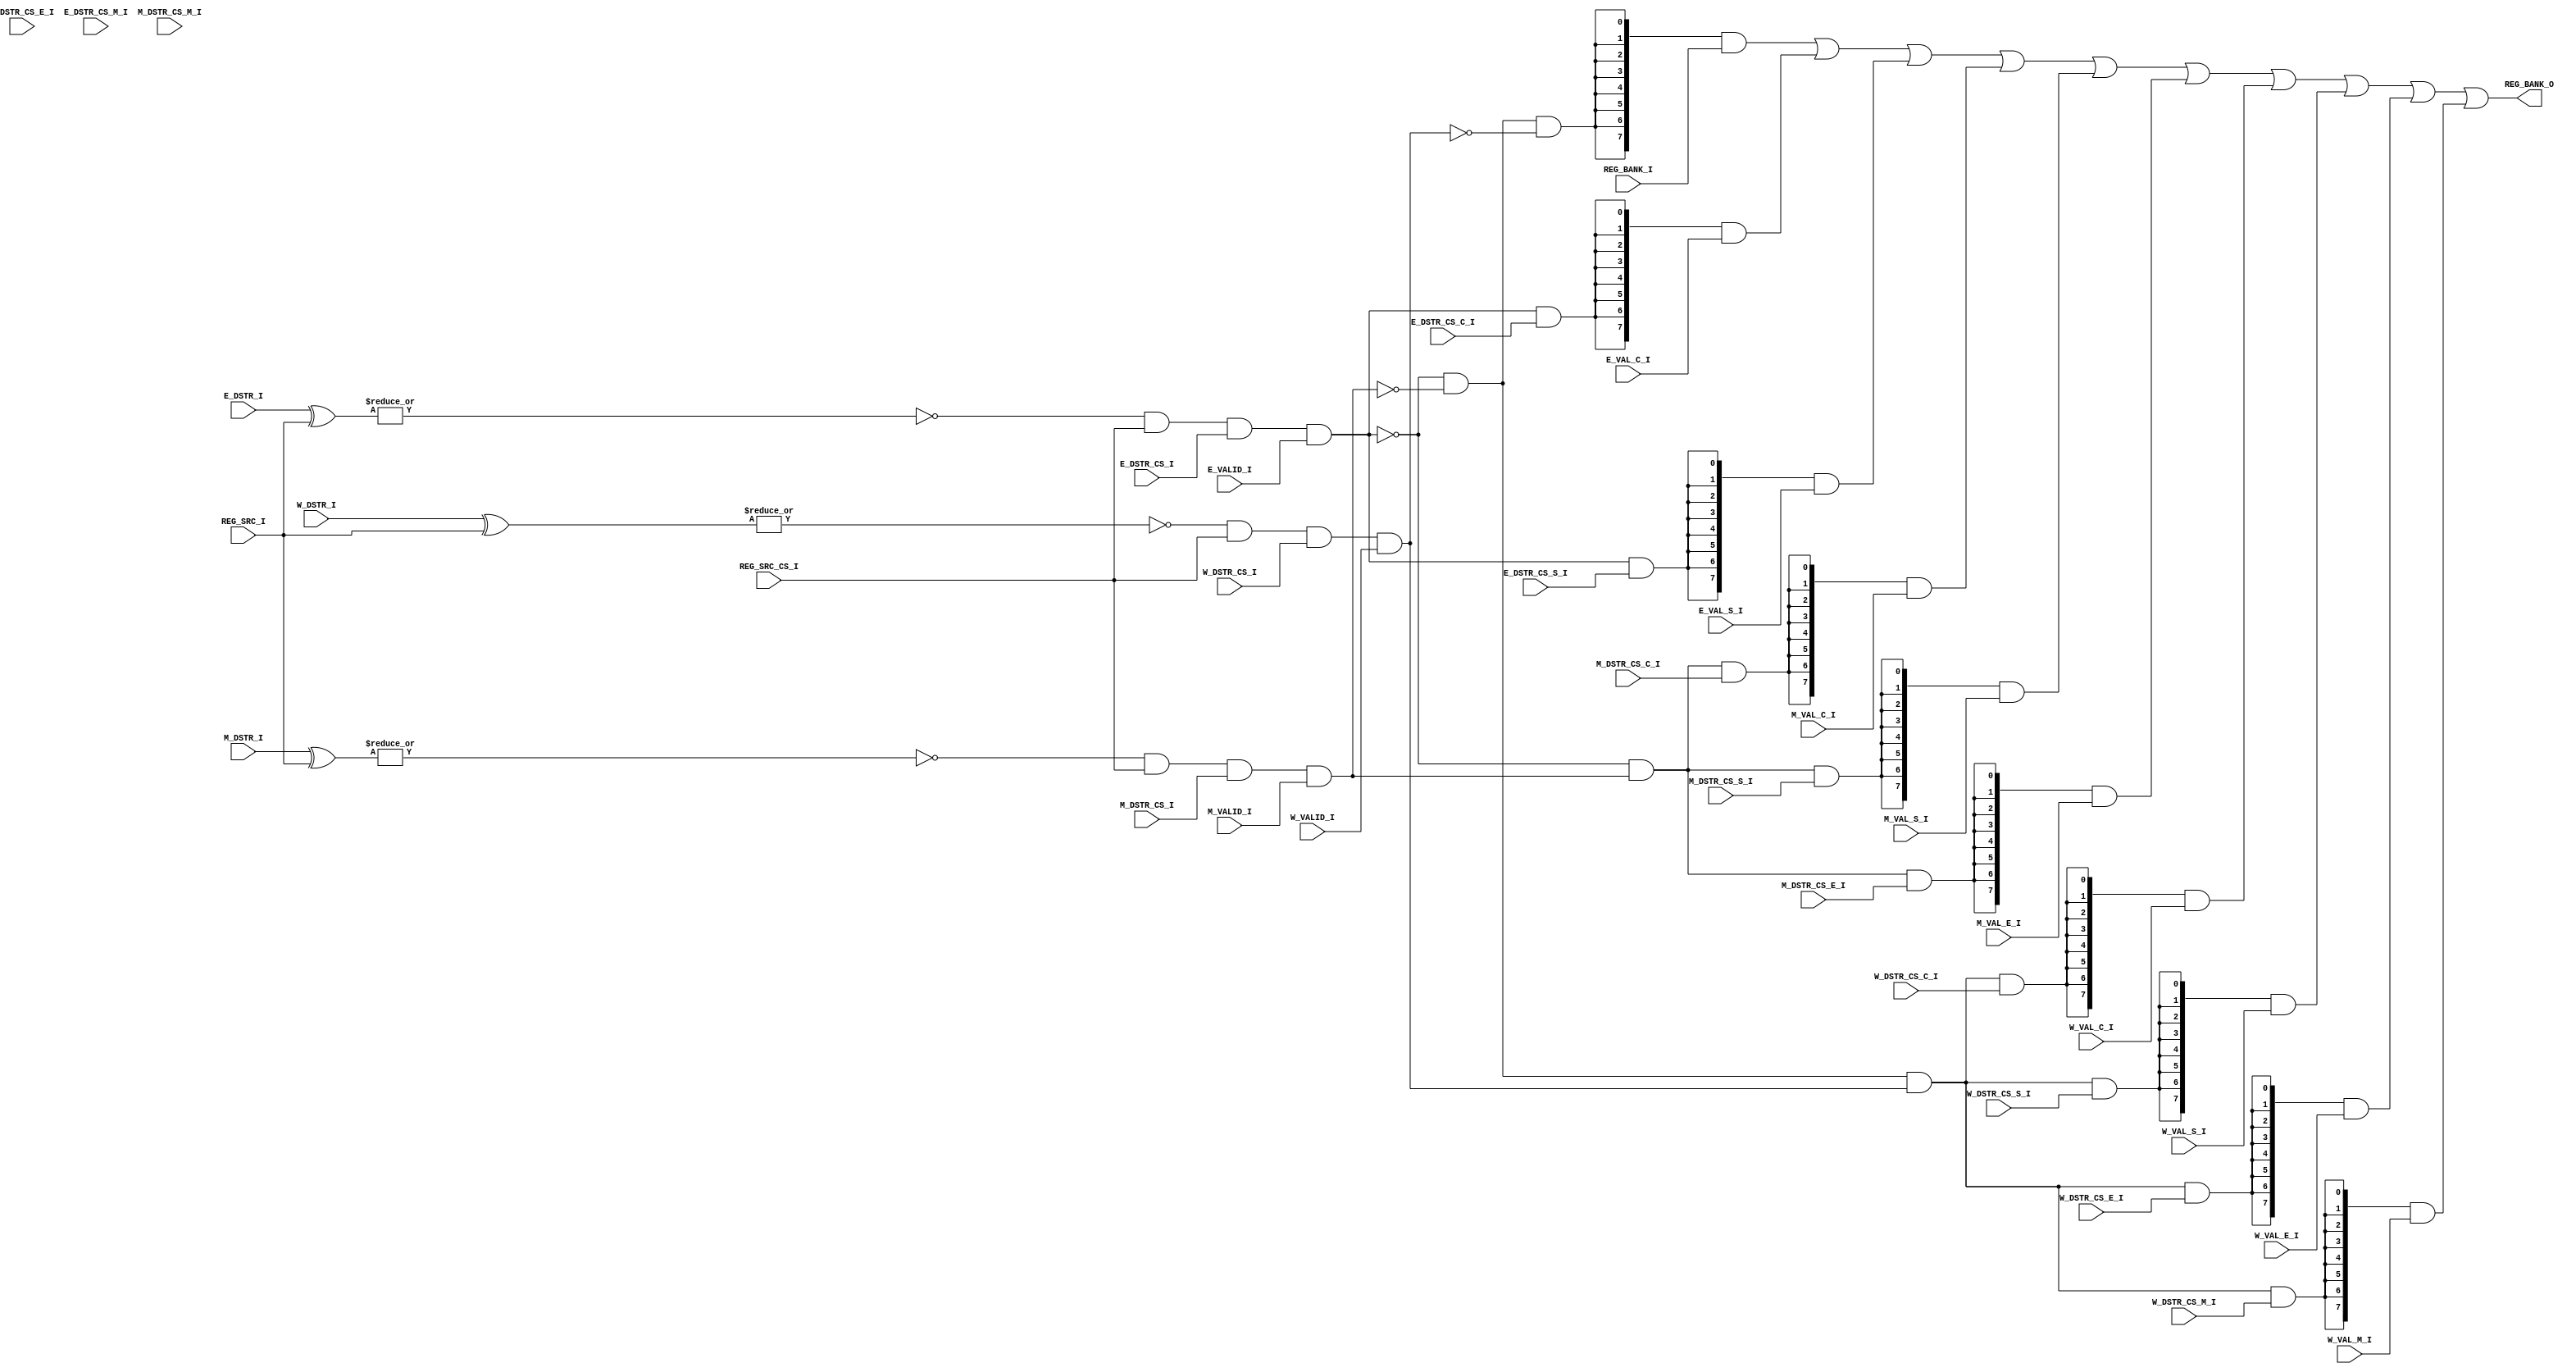
// **********
// COPYRIGHT(c) 2018, LUOYIN
// All rights reserved
// 
// IP LIB INDEX	:
// IP Name		:
// File Name	:
// Module Name	:
// Full Name	:
// 
// Author		: 
// Email		:
// Data			:
// Version		:
//
// Abstract		:
// Called By	: 
// 
// Modification Histroy
// 
// **********

// **********
// DEFINE MODEL PORT
// **********
//
module cpu_forward(
	REG_BANK_I, REG_SRC_I, REG_SRC_CS_I,
	E_VAL_C_I, E_VAL_S_I,
	M_VAL_C_I, M_VAL_S_I, M_VAL_E_I,
	W_VAL_C_I, W_VAL_S_I, W_VAL_E_I, W_VAL_M_I,
	E_DSTR_I, E_VALID_I, E_DSTR_CS_I, E_DSTR_CS_C_I, E_DSTR_CS_S_I, E_DSTR_CS_E_I, E_DSTR_CS_M_I,
	M_DSTR_I, M_VALID_I, M_DSTR_CS_I, M_DSTR_CS_C_I, M_DSTR_CS_S_I, M_DSTR_CS_E_I, M_DSTR_CS_M_I,
	W_DSTR_I, W_VALID_I, W_DSTR_CS_I, W_DSTR_CS_C_I, W_DSTR_CS_S_I, W_DSTR_CS_E_I, W_DSTR_CS_M_I,
	REG_BANK_O
);

	// **********
	// DEFINE PARAMETER
	// **********

	// **********
	// DEFINE INPUT
	// **********
	input [7:0] 	REG_BANK_I;
	input [2:0] 	REG_SRC_I;
	input			REG_SRC_CS_I;
	input [7:0]		E_VAL_C_I;
	input [7:0]		E_VAL_S_I;
	input [7:0] 	M_VAL_C_I;
	input [7:0] 	M_VAL_S_I;
	input [7:0] 	M_VAL_E_I;
	input [7:0] 	W_VAL_C_I;
	input [7:0] 	W_VAL_S_I;
	input [7:0] 	W_VAL_E_I;
	input [7:0] 	W_VAL_M_I;
	input [2:0]		E_DSTR_I;
	input			E_VALID_I;
	input 			E_DSTR_CS_I;
	input			E_DSTR_CS_C_I;
	input			E_DSTR_CS_S_I;
	input			E_DSTR_CS_E_I;
	input			E_DSTR_CS_M_I;
	input [2:0]		M_DSTR_I;
	input			M_VALID_I;
	input 			M_DSTR_CS_I;
	input			M_DSTR_CS_C_I;
	input			M_DSTR_CS_S_I;
	input			M_DSTR_CS_E_I;
	input			M_DSTR_CS_M_I;
	input [2:0]		W_DSTR_I;
	input			W_VALID_I;
	input 			W_DSTR_CS_I;
	input			W_DSTR_CS_C_I;
	input			W_DSTR_CS_S_I;
	input			W_DSTR_CS_E_I;
	input			W_DSTR_CS_M_I;

	// **********
	// DEFINE OUTPUT
	// **********
	output [7:0] 	REG_BANK_O;
	
	// **********
	// ATRRIBUTE
	// **********
	wire			wE_Enable;
	wire			wM_Enable;
	wire			wW_Enable;

	// **********
	// INSTANCE MODULE
	// **********
	assign wE_Enable = (~(|(E_DSTR_I ^ REG_SRC_I))) & REG_SRC_CS_I & E_DSTR_CS_I & E_VALID_I;
	assign wM_Enable = (~(|(M_DSTR_I ^ REG_SRC_I))) & REG_SRC_CS_I & M_DSTR_CS_I & M_VALID_I;
	assign wW_Enable = (~(|(W_DSTR_I ^ REG_SRC_I))) & REG_SRC_CS_I & W_DSTR_CS_I & W_VALID_I;
	assign REG_BANK_O = ( {8{(~wE_Enable)&(~wM_Enable)&(~wW_Enable)					}} & REG_BANK_I ) |
						( {8{( wE_Enable)							&(E_DSTR_CS_C_I)}} & E_VAL_C_I ) |
						( {8{( wE_Enable)							&(E_DSTR_CS_S_I)}} & E_VAL_S_I ) |
						( {8{(~wE_Enable)&( wM_Enable)				&(M_DSTR_CS_C_I)}} & M_VAL_C_I ) |
						( {8{(~wE_Enable)&( wM_Enable)				&(M_DSTR_CS_S_I)}} & M_VAL_S_I ) |
						( {8{(~wE_Enable)&( wM_Enable)				&(M_DSTR_CS_E_I)}} & M_VAL_E_I ) |
						( {8{(~wE_Enable)&(~wM_Enable)&( wW_Enable)	&(W_DSTR_CS_C_I)}} & W_VAL_C_I ) |
						( {8{(~wE_Enable)&(~wM_Enable)&( wW_Enable)	&(W_DSTR_CS_S_I)}} & W_VAL_S_I ) |
						( {8{(~wE_Enable)&(~wM_Enable)&( wW_Enable)	&(W_DSTR_CS_E_I)}} & W_VAL_E_I ) |
						( {8{(~wE_Enable)&(~wM_Enable)&( wW_Enable)	&(W_DSTR_CS_M_I)}} & W_VAL_M_I );

	// **********
	// MAIN CODE
	// **********

endmodule